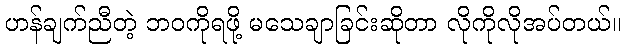
ဟန်ချက်ညီတဲ့ ဘဝကိုရဖို့ မသေချာခြင်းဆိုတာ လိုကိုလိုအပ်တယ်။